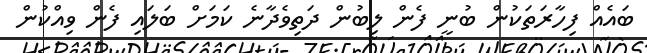
ބައެއް ފިހާރަތަކުން ބުނީ ފެން ލިބުން ދަތިވެދާނެ ކަމަށް ބަލައި ފެން ވިއްކުން